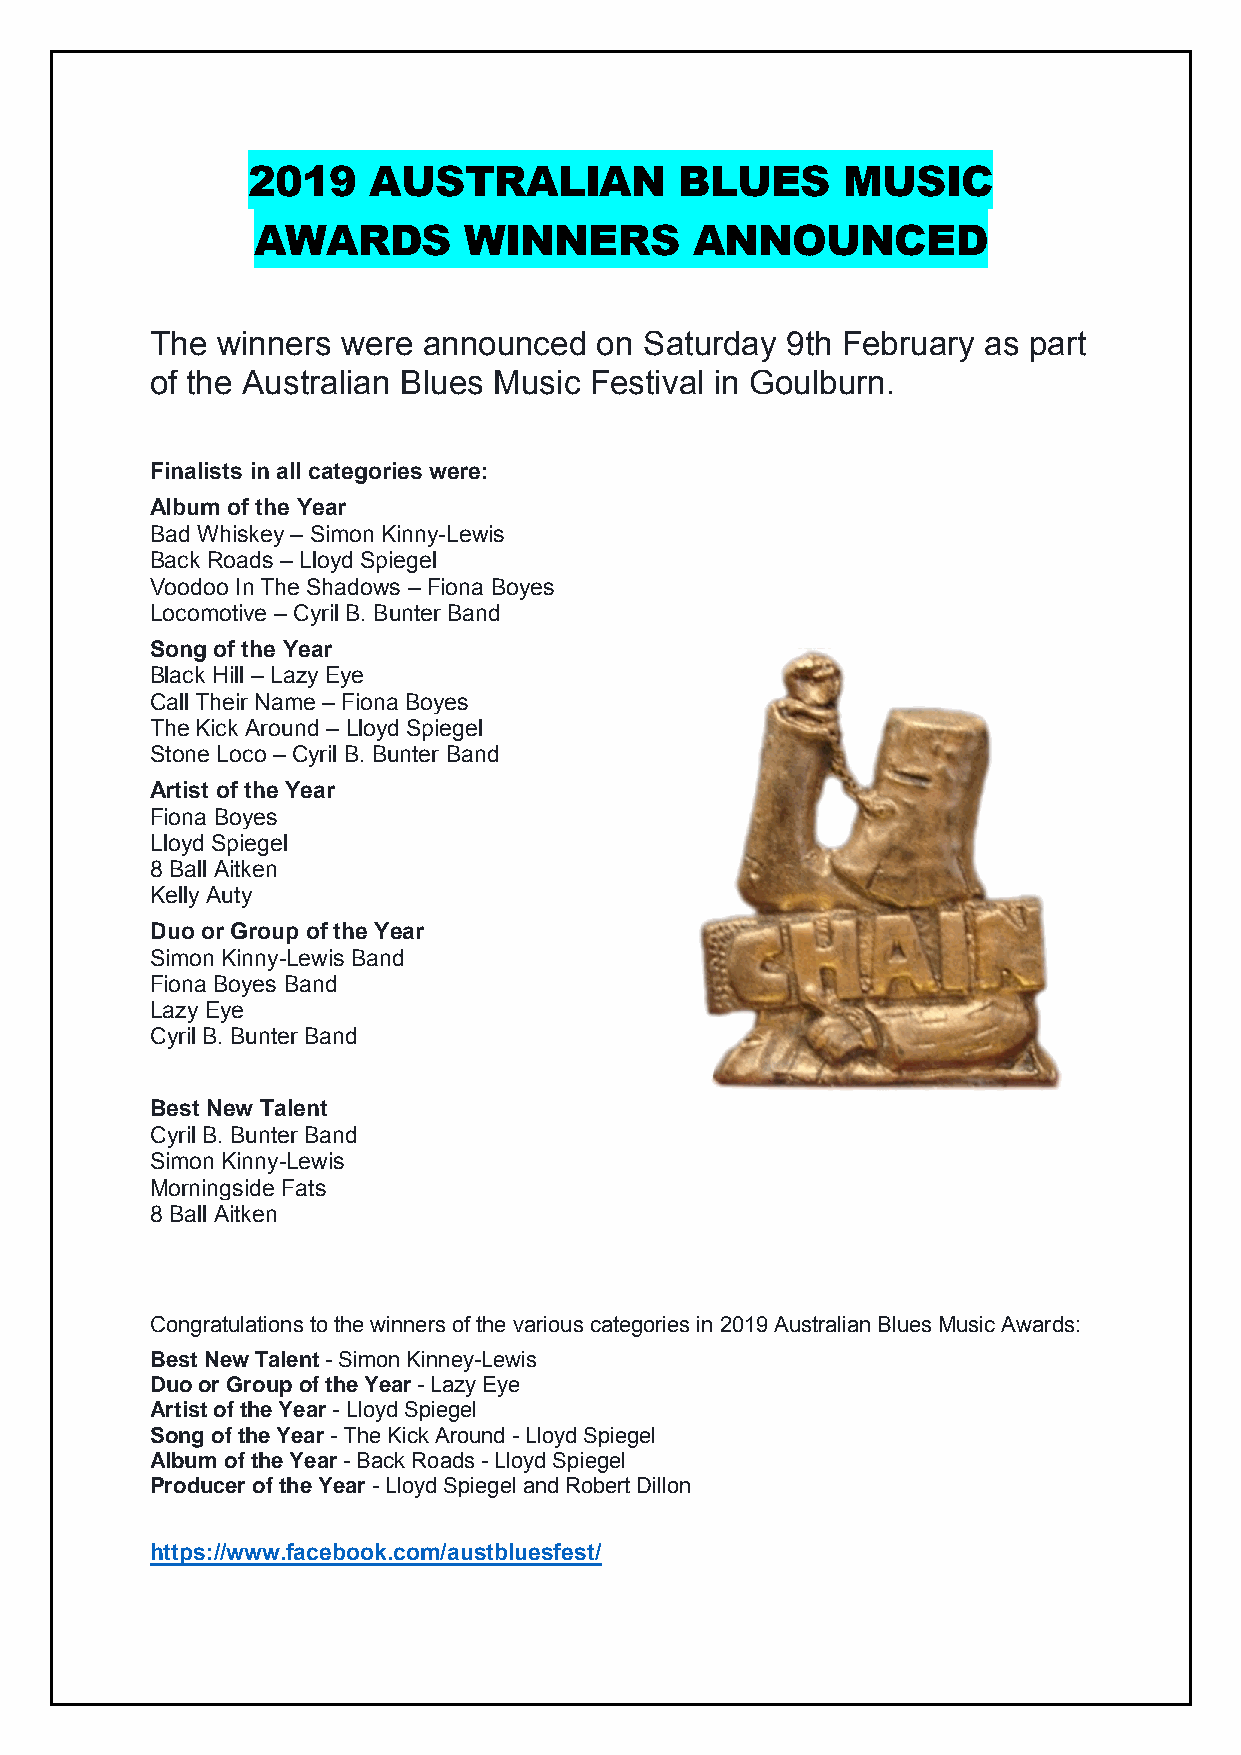
2019    AUSTRALIAN           BLUES      MUSIC
 AWARDS        WINNERS        ANNOUNCED
 The winners  were announced  on  Saturday 9th February as part
 of the Australian Blues Music Festival in Goulburn.
 Finalists in all categories were:
 Album of the Year
 Bad Whiskey – Simon Kinny-Lewis
 Back Roads – Lloyd Spiegel
 Voodoo In The Shadows – Fiona Boyes
 Locomotive – Cyril B. Bunter Band
 Song of the Year
 Black Hill – Lazy Eye
 Call Their Name – Fiona Boyes
 The Kick Around – Lloyd Spiegel
 Stone Loco – Cyril B. Bunter Band
 Artist of the Year
 Fiona Boyes
 Lloyd Spiegel
 8 Ball Aitken
 Kelly Auty
 Duo or Group of the Year
 Simon Kinny-Lewis Band
 Fiona Boyes Band
 Lazy Eye
 Cyril B. Bunter Band
 Best New Talent
 Cyril B. Bunter Band
 Simon Kinny-Lewis
 Morningside Fats
 8 Ball Aitken
 Congratulations to the winners of the various categories in 2019 Australian Blues Music Awards:
 Best New Talent - Simon Kinney-Lewis
 Duo or Group of the Year - Lazy Eye
 Artist of the Year - Lloyd Spiegel
 Song of the Year - The Kick Around - Lloyd Spiegel
 Album of the Year - Back Roads - Lloyd Spiegel
 Producer of the Year - Lloyd Spiegel and Robert Dillon
 https://www.facebook.com/austbluesfest/